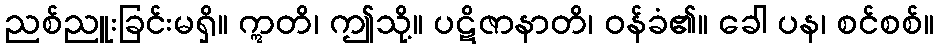
ညစ်ညူးခြင်းမရှိ။ ဣတိ၊ ဤသို့။ ပဋိဇာနာတိ၊ ဝန်ခံ၏။ ခေါ ပန၊ စင်စစ်။